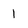
Character: 1